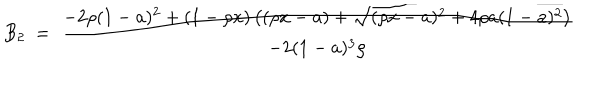
B _ { 2 } \ = \ { \displaystyle { \frac { - 2 \rho ( 1 - a ) ^ { 2 } + ( 1 - \rho x ) \left( ( \rho x - a ) + \sqrt { ( \rho x - a ) ^ { 2 } + 4 \rho a ( 1 - a ) ^ { 2 } } \right) } { - 2 ( 1 - a ) ^ { 3 } \rho } } } \nonumber